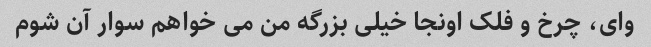
وای، چرخ و فلک اونجا خیلی بزرگه من می خواهم سوار آن شوم